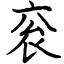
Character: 衮